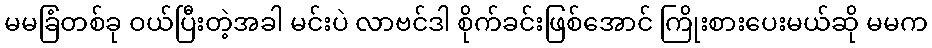
မမခြံတစ်ခု ဝယ်ပြီးတဲ့အခါ မင်းပဲ လာဗင်ဒါ စိုက်ခင်းဖြစ်အောင် ကြိုးစားပေးမယ်ဆို မမက